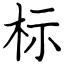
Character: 标